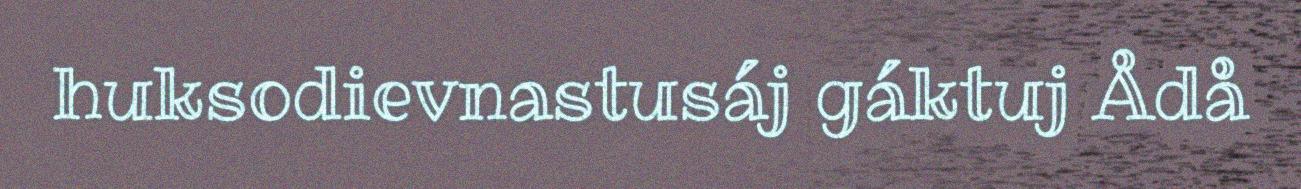
huksodievnastusáj gáktuj Ådå